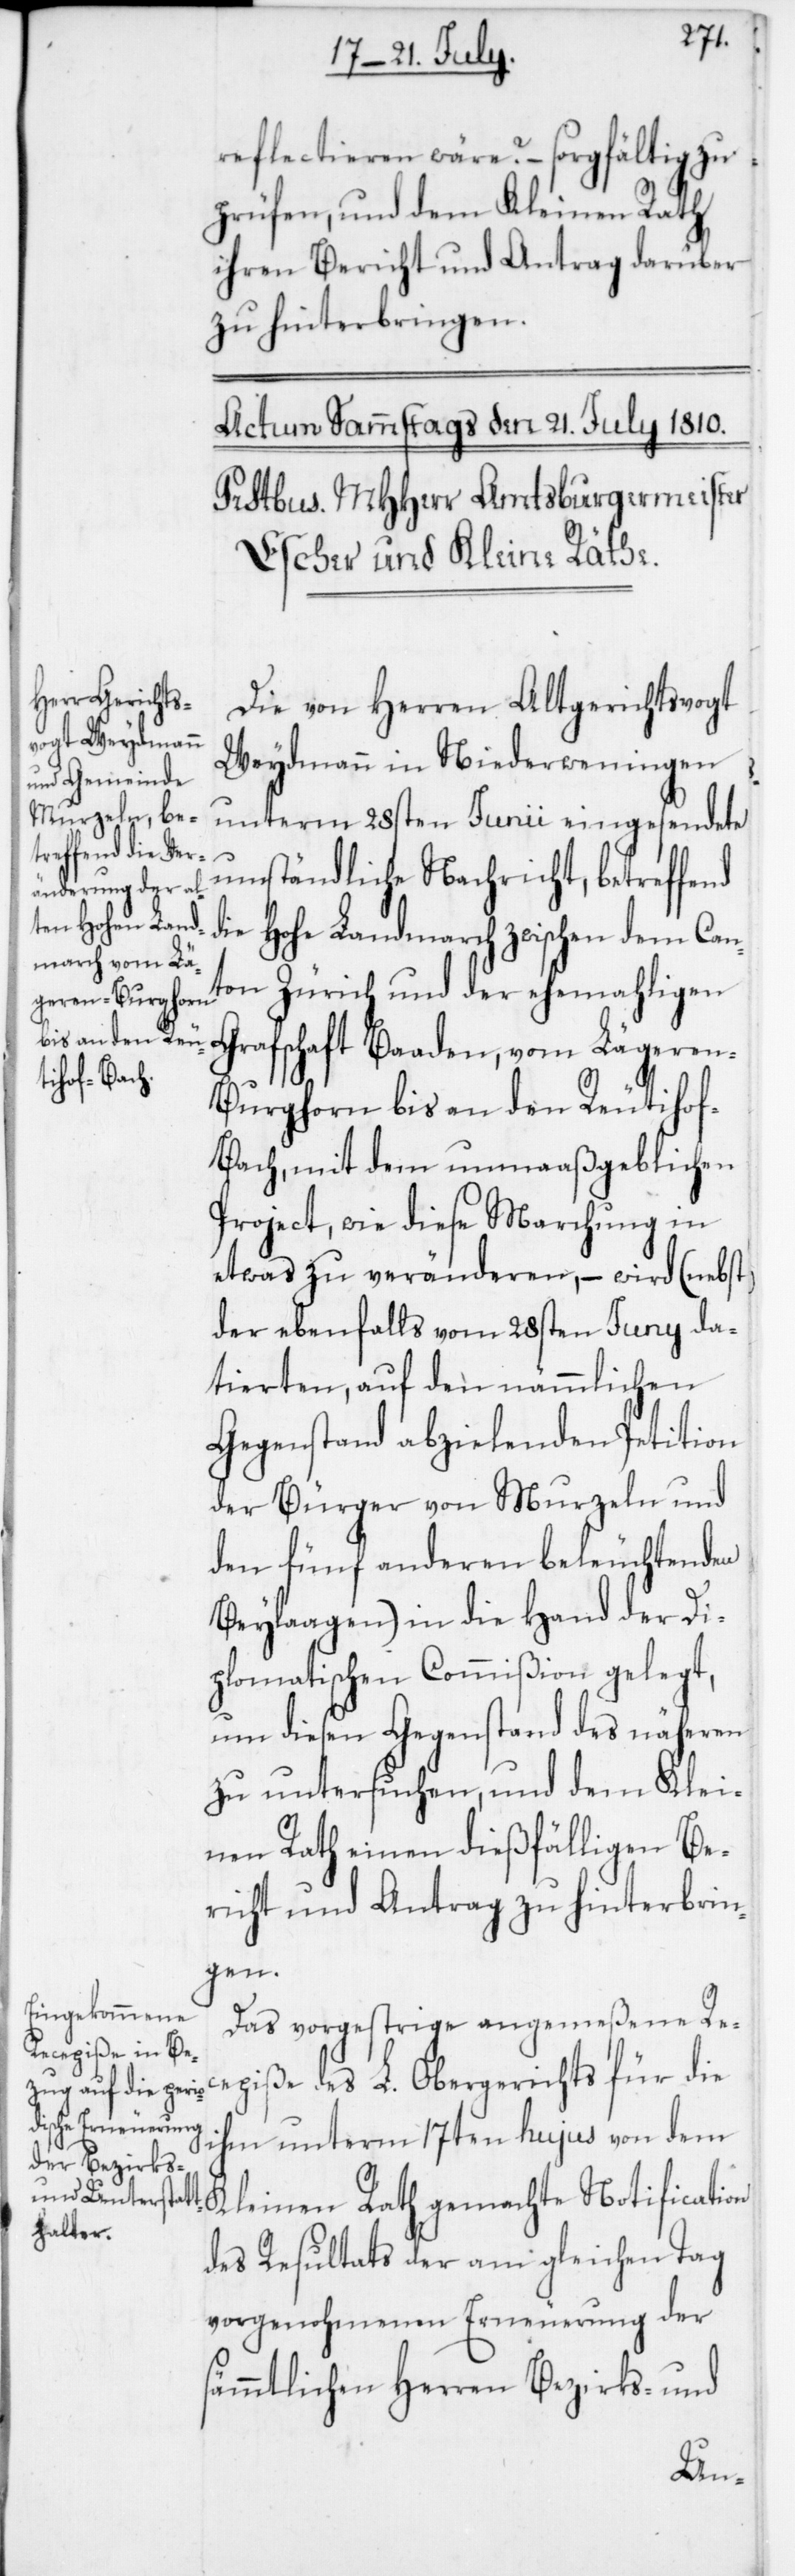
reflectieren wäre? – sorgfältig zu
prüfen, und dem Kleinen Rath
ihren Bericht und Antrag darüber
zu hinterbringen.
Die von Herren Altgerichtsvogt
Weydmann in Niederweningen
unterm 28sten Junii eingesendete
umständliche Nachricht, betreffend
die Hohe Landmarch zwischen dem Can¬
ton Zürich und der ehemahligen
Grafschaft Baden, vom Lägere¬
n-Burghorn bis an den Reutiho¬
f-Bach, mit dem unmaaßgeblichen
Project, wie diese Marchung in
etwas zu veränderen, – wird (nebst
der ebenfalls vom 28sten Juny da¬
tierten, auf den nämmlichen
Gegenstand abzielenden Petition
der Bürger von Murzeln und
den fünf anderen beleuchtenden
Beylaagen) in die Hand der Di¬
plomatischen Commißion gelegt,
um diesen Gegenstand des näheren
zu untersuchen, und dem Klei¬
nen Rath einen dießfälligen Be¬
richt und Antrag zu hinterbrin¬
gen.
Das vorgestrige angemeßene Rec¬
epiße des L. Obergerichts für die
ihm unterm 17ten hujus von dem
Kleinen Rath gemachte Notification
des Resultats der am gleichen Tag
vorgenohmenen Erneuerung der
sämmtlichen Herren Bezirks- und